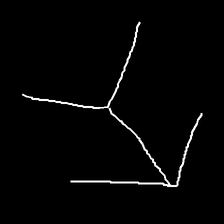
Glyph: gather